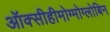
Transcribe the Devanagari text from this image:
ऑक्सीहीमोग्मोग्लोबिन